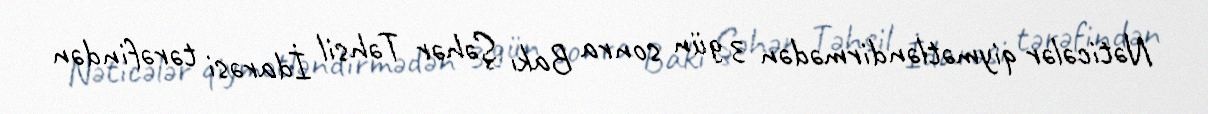
Nəticələr qiymətləndirmədən 3 gün sonra Bakı Şəhər Təhsil İdarəsi tərəfindən